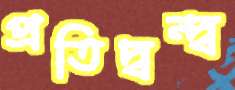
প্রতিদ্বন্দ্ব